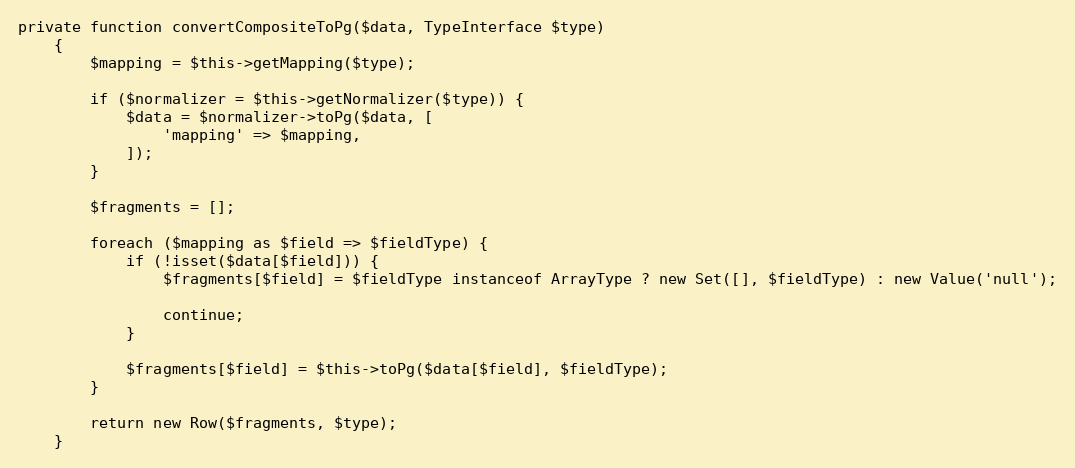
Language: PHP
private function convertCompositeToPg($data, TypeInterface $type)
    {
        $mapping = $this->getMapping($type);

        if ($normalizer = $this->getNormalizer($type)) {
            $data = $normalizer->toPg($data, [
                'mapping' => $mapping,
            ]);
        }

        $fragments = [];

        foreach ($mapping as $field => $fieldType) {
            if (!isset($data[$field])) {
                $fragments[$field] = $fieldType instanceof ArrayType ? new Set([], $fieldType) : new Value('null');

                continue;
            }

            $fragments[$field] = $this->toPg($data[$field], $fieldType);
        }

        return new Row($fragments, $type);
    }